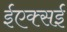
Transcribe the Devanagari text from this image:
ईएक्सई